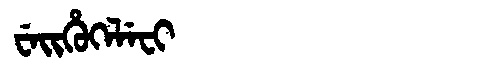
Manchu: ᠸᡝᡳᡥᡠᡴᡝᠯᡝᠸᡳ
Romanization: WEIHUKELEFI